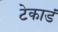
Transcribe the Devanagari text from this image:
टेकाडं